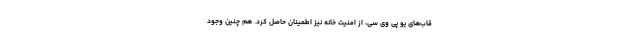
قاب‌های یو پی وی سی، از امنیت خانه نیز اطمینان حاصل کرد. هم چنین وجود